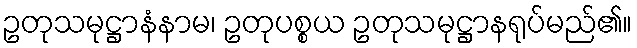
ဥတုသမုဋ္ဌာနံနာမ၊ ဥတုပစ္စယ ဥတုသမုဋ္ဌာနရုပ်မည်၏။